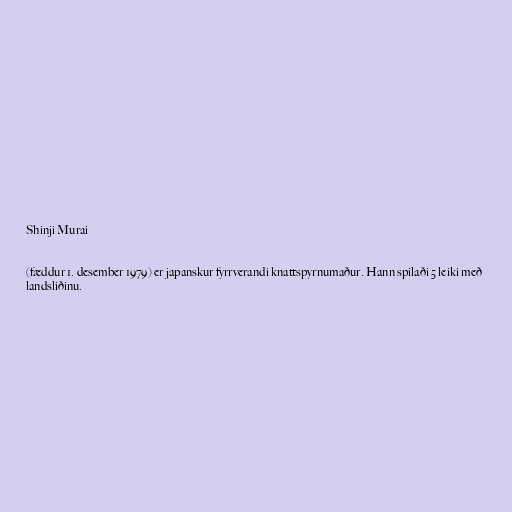
Shinji Murai

(fæddur 1. desember 1979) er japanskur fyrrverandi knattspyrnumaður. Hann spilaði 5 leiki með
landsliðinu.